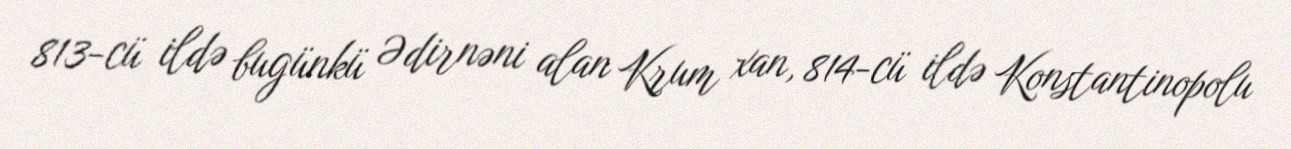
813-cü ildə bugünkü Ədirnəni alan Krum xan, 814-cü ildə Konstantinopolu